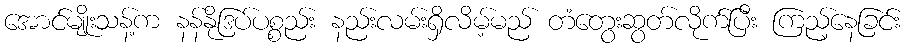
အောင်မျိုးသန့်က နန်နိုဒြပ်ပစ္စည်း နည်းလမ်းရှိလိမ့်မည် တံတွေးဆွတ်လိုက်ပြီး ကြည့်နေခြင်း